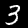
Label: 3